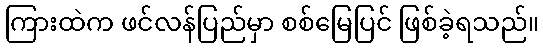
ကြားထဲက ဖင်လန်ပြည်မှာ စစ်မြေပြင် ဖြစ်ခဲ့ရသည်။